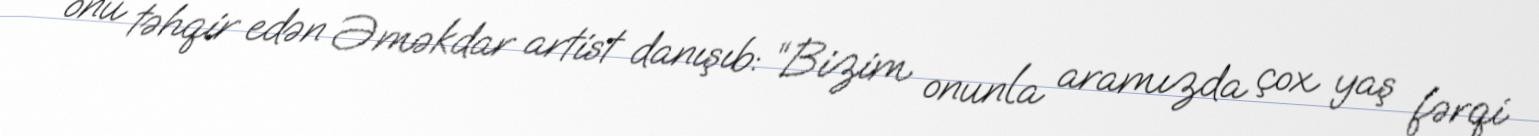
onu təhqir edən Əməkdar artist danışıb: “Bizim onunla aramızda çox yaş fərqi